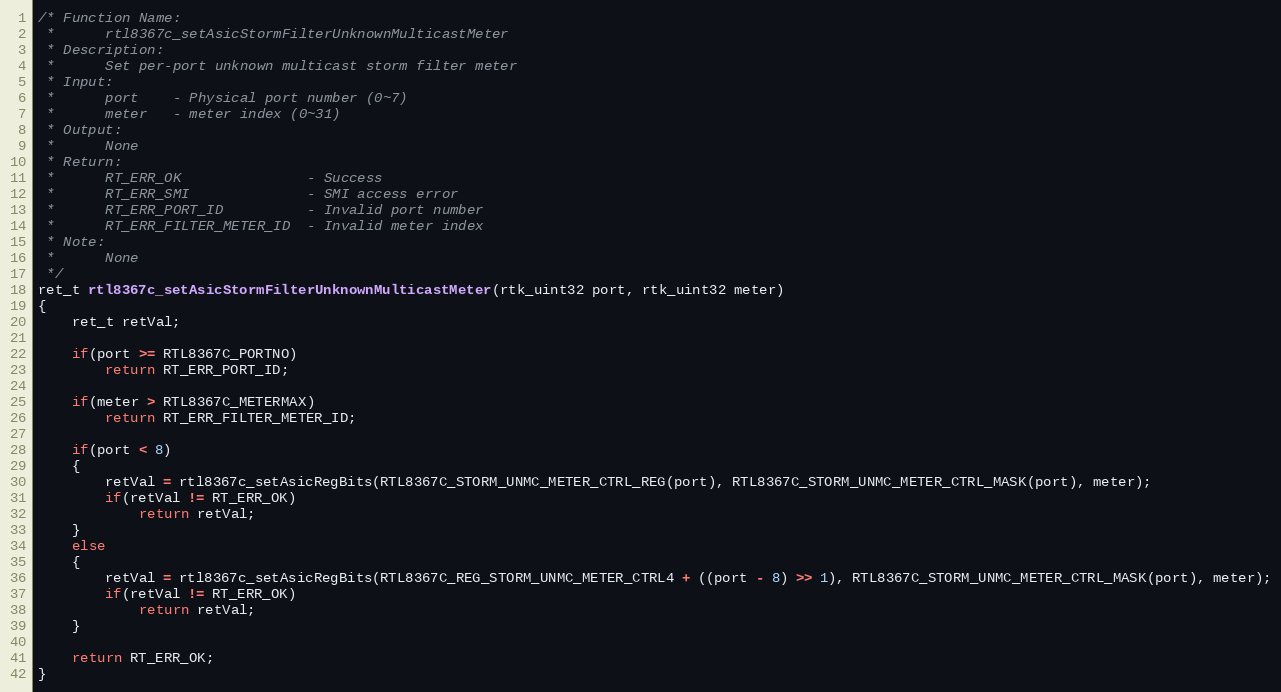
Language: C
/* Function Name:
 *      rtl8367c_setAsicStormFilterUnknownMulticastMeter
 * Description:
 *      Set per-port unknown multicast storm filter meter
 * Input:
 *      port    - Physical port number (0~7)
 *      meter   - meter index (0~31)
 * Output:
 *      None
 * Return:
 *      RT_ERR_OK               - Success
 *      RT_ERR_SMI              - SMI access error
 *      RT_ERR_PORT_ID          - Invalid port number
 *      RT_ERR_FILTER_METER_ID  - Invalid meter index
 * Note:
 *      None
 */
ret_t rtl8367c_setAsicStormFilterUnknownMulticastMeter(rtk_uint32 port, rtk_uint32 meter)
{
    ret_t retVal;

    if(port >= RTL8367C_PORTNO)
        return RT_ERR_PORT_ID;

    if(meter > RTL8367C_METERMAX)
        return RT_ERR_FILTER_METER_ID;

    if(port < 8)
    {
        retVal = rtl8367c_setAsicRegBits(RTL8367C_STORM_UNMC_METER_CTRL_REG(port), RTL8367C_STORM_UNMC_METER_CTRL_MASK(port), meter);
        if(retVal != RT_ERR_OK)
            return retVal;
    }
    else
    {
        retVal = rtl8367c_setAsicRegBits(RTL8367C_REG_STORM_UNMC_METER_CTRL4 + ((port - 8) >> 1), RTL8367C_STORM_UNMC_METER_CTRL_MASK(port), meter);
        if(retVal != RT_ERR_OK)
            return retVal;
    }

    return RT_ERR_OK;
}